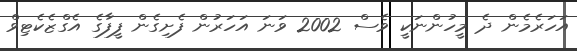
އަހަރެމެން ދެ މީހުންނަކީ ވެސް 2002 ވަނަ އަހަރުން ފެށިގެން ފީފާގެ އެގްޒެކެޓިވް